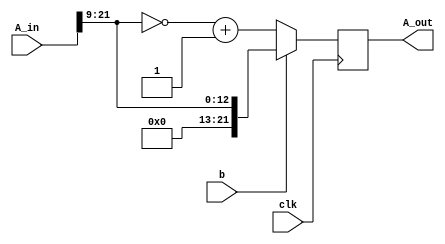
module  merge_loc
        #(parameter shift_num=9)
(A_in,b,A_out,clk);
`define WIDTH 22
//shift 
input  	[`WIDTH-1:0] A_in;
input clk;
input    b;
output reg [`WIDTH-1:0] A_out;

/*
*r_k=2b_k-1-1 k=9..16
*/
always @(posedge clk)
begin
        if (b==1'b1) begin//b[k-1]==1 r[k]=1
                A_out=A_in>>shift_num;
                

        end
        else begin
                 A_out=~(A_in>>shift_num)+1;
                
        end
end




endmodule